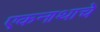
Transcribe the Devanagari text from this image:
एकनाथाचे